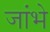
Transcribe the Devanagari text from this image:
जांभे